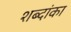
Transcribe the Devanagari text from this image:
शब्दांका